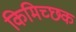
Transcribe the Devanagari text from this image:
किमिच्छक